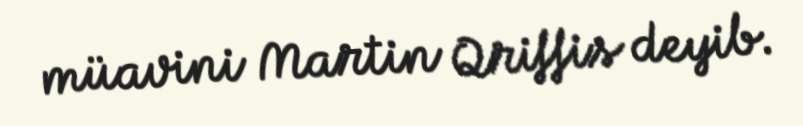
müavini Martin Qriffis deyib.